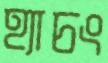
হ্যাচং